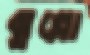
ঝুল্লো